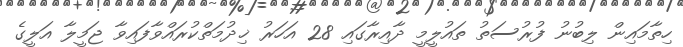
ހިތާމައިން ލިބުނު ފުރުސަތު ތައުލީމީ ދާއިރާގައި 28 އަހަރު ޚިދުމަތްކުރައްވާފައިވާ ޖަމީލާ އަލީގެ